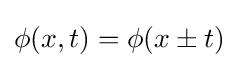
\phi (x,t)=\phi (x\pm t)